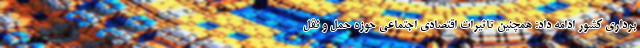
برداری کشور ادامه داد: همچنین تاثیرات اقتصادی اجتماعی حوزه حمل و نقل